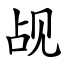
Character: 觇